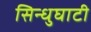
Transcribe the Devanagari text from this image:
सिन्‍धुघाटी